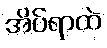
အိပ်ရာထဲ